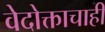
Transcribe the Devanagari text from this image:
वेदोक्ताचाही